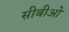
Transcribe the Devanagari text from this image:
सीबीओ